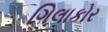
ગિલાકોર